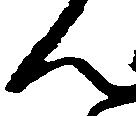
ん